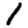
Digit: 1